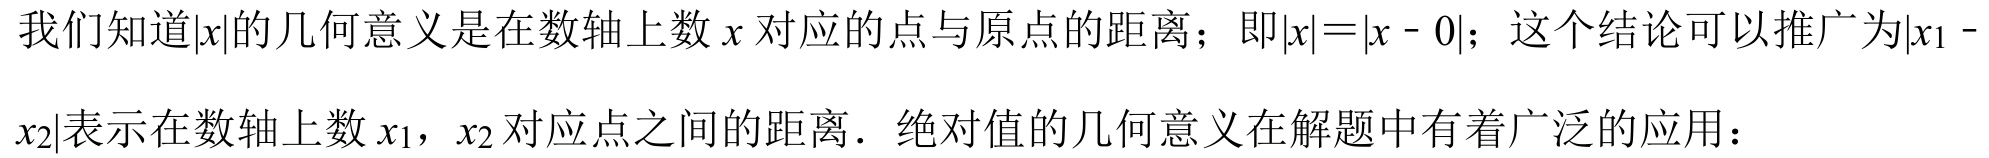
我们知道\(\vert x\vert\)的几何意义是在数轴上数\(x\)对应的点与原点的距离；即\(\vert x\vert=\vert x - 0\vert\)；这个结论可以推广为\(\vert x_1 - x_2\vert\)表示在数轴上数\(x_1\)，\(x_2\)对应点之间的距离．绝对值的几何意义在解题中有着广泛的应用：